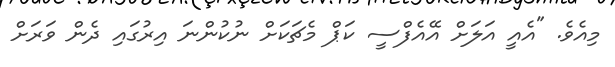
މިއެވެ. "އެއީ އަލަށް އޭއެފްސީ ކަޕް މެޗަކަށް ނުކުންނަ އިރުގައި ދެން ވަރަށް